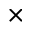
\times